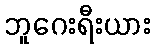
ဘူဂေးရီးယား